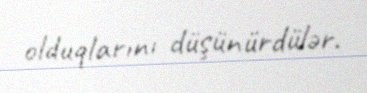
olduqlarını düşünürdülər.